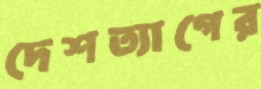
দেশত্যাগের